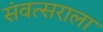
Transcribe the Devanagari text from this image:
संवत्सराला